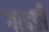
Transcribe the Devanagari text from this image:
गादङी